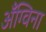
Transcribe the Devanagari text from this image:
अँग्विना